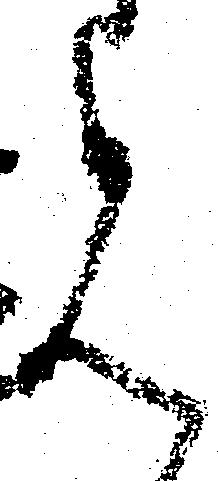
見